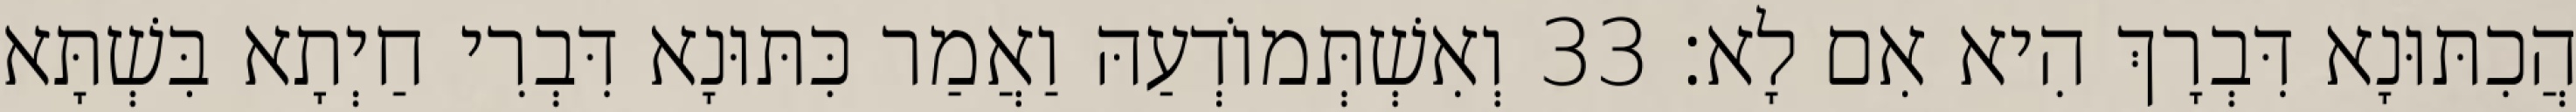
הֲכִתּוּנָא דִּבְרָךְ הִיא אִם לָא׃ 33 וְאִשְׁתְּמוֹדְעַהּ וַאֲמַר כִּתּוּנָא דִּבְרִי חַיְתָא בִּשְׁתָּא